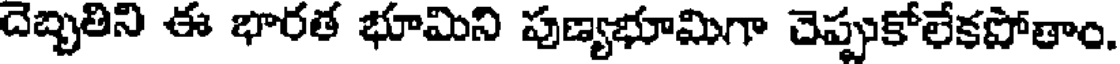
దెబ్బతిని ఈ భారత భూమిని పుణ్యభూమిగా చెప్పుకోలేకపోతాం.